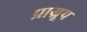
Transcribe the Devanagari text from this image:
प्राग्रूप